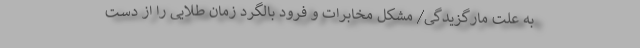
به علت مارگزیدگی/ مشکل مخابرات و فرود بالگرد زمان طلایی را از دست